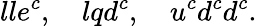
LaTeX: lle^{c},\quad lqd^{c},\quad u^{c}d^{c}d^{c}.